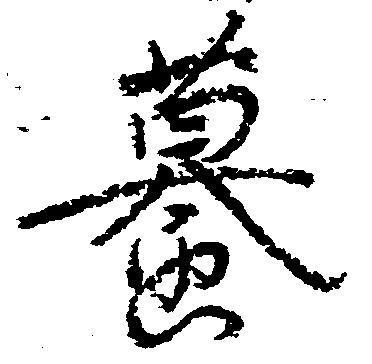
蟇